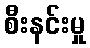
စီးနင်းမှု